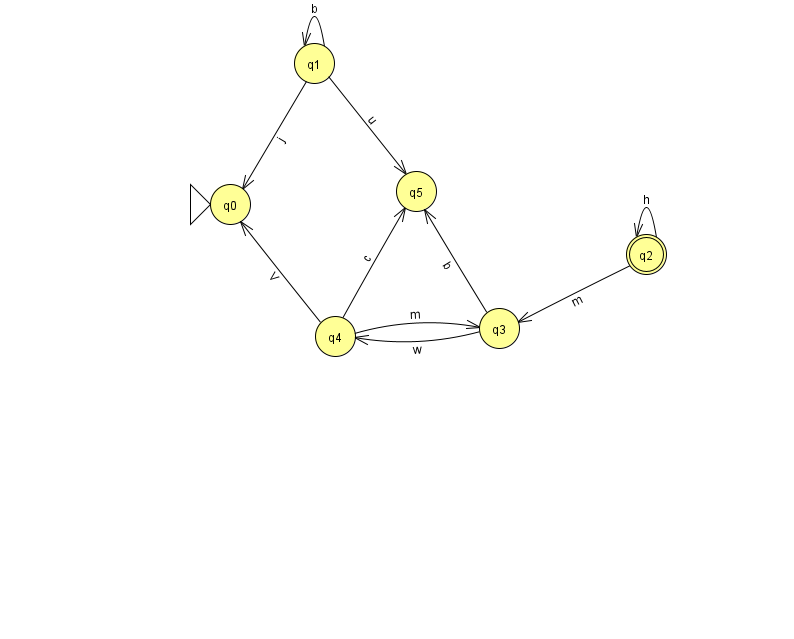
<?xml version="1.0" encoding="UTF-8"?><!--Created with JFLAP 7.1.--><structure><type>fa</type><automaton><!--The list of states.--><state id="0" name="q0"><x>230.0</x><y>191.0</y><initial/></state><state id="1" name="q1"><x>314.0</x><y>50.0</y></state><state id="2" name="q2"><x>646.0</x><y>241.0</y><final/></state><state id="3" name="q3"><x>499.0</x><y>315.0</y></state><state id="4" name="q4"><x>335.0</x><y>323.0</y></state><state id="5" name="q5"><x>416.0</x><y>178.0</y></state><!--The list of transitions.--><transition><from>1</from><to>1</to><read>b</read></transition><transition><from>1</from><to>5</to><read>u</read></transition><transition><from>2</from><to>3</to><read>m</read></transition><transition><from>3</from><to>4</to><read>w</read></transition><transition><from>2</from><to>2</to><read>h</read></transition><transition><from>3</from><to>5</to><read>b</read></transition><transition><from>4</from><to>5</to><read>c</read></transition><transition><from>1</from><to>0</to><read>j</read></transition><transition><from>4</from><to>3</to><read>m</read></transition><transition><from>4</from><to>0</to><read>V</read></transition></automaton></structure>